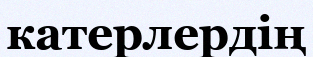
катерлердің